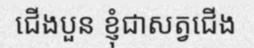
ជើងបួន ខ្ញុំជាសត្វជើង